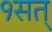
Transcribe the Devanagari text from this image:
१सत्